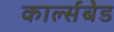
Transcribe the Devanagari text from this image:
कार्ल्सबेड